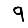
Digit: 9